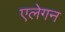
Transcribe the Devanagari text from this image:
एलेगन